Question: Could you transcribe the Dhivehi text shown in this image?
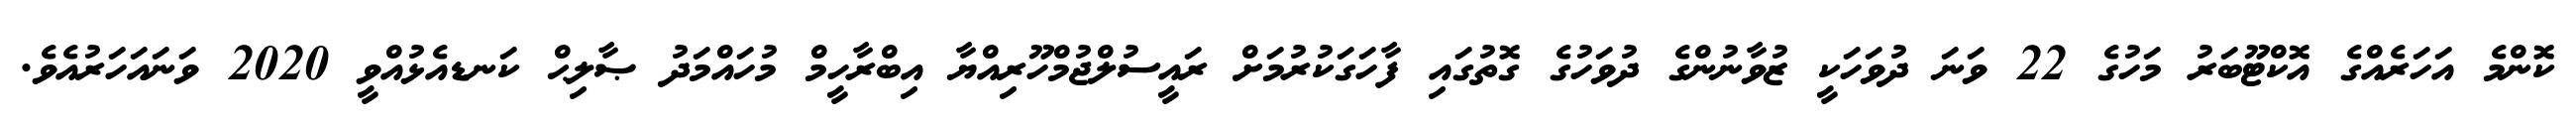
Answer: ކޮންމެ އަހަރެއްގެ އޮކްޓޫބަރު މަހުގެ 22 ވަނަ ދުވަހަކީ ޒުވާނުންގެ ދުވަހުގެ ގޮތުގައި ފާހަގަކުރުމަށް ރައީސުލްޖުމްހޫރިއްޔާ އިބްރާހީމް މުހައްމަދު ޞާލިޙް ކަނޑއެޅުއްވީ 2020 ވަނައަހަރުއެވެ.